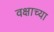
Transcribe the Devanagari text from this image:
वक्षाच्या